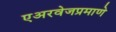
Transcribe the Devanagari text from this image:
एअरवेजप्रमाणे